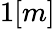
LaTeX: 1[m]